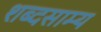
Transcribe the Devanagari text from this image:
शब्दसाम्य